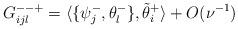
LaTeX: \begin{align*} G_{ijl}^{- - +}=\langle \{\psi_j^{-}, \theta_l^{-}\}, \tilde \theta_i^{+} \rangle + O(\nu^{-1})\end{align*}